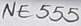
Text: NE555